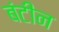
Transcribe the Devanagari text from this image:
बंटीन